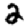
Digit: 2